Vaccination in Bombay 1874-1876 - 1874-1876
Year: 1874
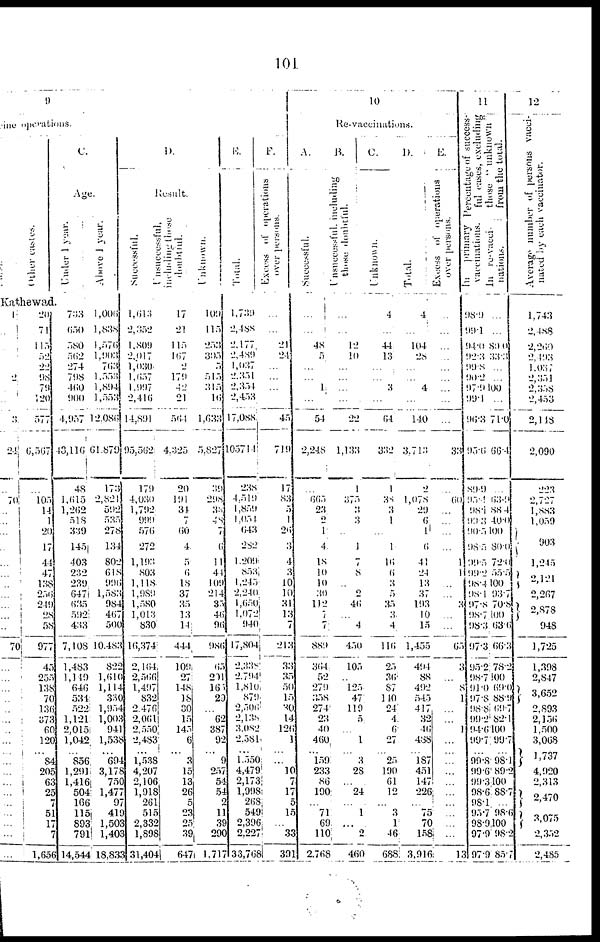
101
9
ine operations.
Pársi.
other
castes.
Kathewad.
1
...
...
...
...
2
...
...
3
24
..
70
...
...
...
...
...
...
...
...
...
...
...
70
...
...
...
...
...
...
...
...
... ...
...
...
...
...
...
...
...
...
20
71
115
52
22
98
79
120
577
6,567
...
105
14
1
20
17
44
47
138
256
249
28
58
977
45
255
138
70
136
373
60
120
... 84
205
63
25
7
51
17
7
1,656
C.
Age.
Under 1 year.
733
650
580
562
274
798
460
900
4,957
43,116
48
1,615
1,262
518
339
145
403
232
239
647
635
592
433
7,108
1,483
1,149
646
534
522
1,121
2,015
1,042
... 856
1,291
1,416
504
166
115
89
79
14,544
Above 1 year.
1,006
1,838
1,576
1,903
763
1,553
1,894
1,553
12,086
61,879
173
2,821
592
535
278
134
802
618
996
1,585
984
467
500
10,483
822
1,610
1,114
330
1,954
1,003
941
1,538
... 694
3,178
750
1,477
97
419
1,503
1,403
18,833
D.
Result.
Successful.
1,613
2,352
1,809
2,017
1,030
1,657
1,997
2,416
14,891
95,562
179
4,030
1,792
999
576
272
1,193
803
1,118
1,989
1,580
1,013
830
16,374
2,164
2,566
l,497
832
2,476
2,061
2,550
2,483
... 1,538
4,207
2,106
1,918
261
515
2,332
1,898
31,404
Unsuccessful
including those
doubtful.
17
21
115
167
2
179
42
21
564
4,325
20
191
34
7
60
4
5
6
18
37
35
13
14
444
109
27
148
18
30
15
143
6
...
3
15
13
26
5
23
25
39
647
Unknown.
109
115
253
305
5
515
315
16
1,633
5,827
39
298
38
48
7
6
11
44
109
214
35
46
96
986
65
201
161
29
...
62
387
92
... 9
257
54
54
2
11
39
290
1,717
E.
Total.
1,739
2,488
2,177
2,489
1,037
2,351
2,354
2,453
17,088
105714
238
4,519
1,859
1,051
643
282
1,209
853
1,245
2,240
1 ,650
1,072
940
17,804
2,338
2,794
1,810
879
2,506
2,138
3,082
2,581
... 1,550
4,479
2,173
1,998
268
549
2,396
2,227
33,768
F.
Excess o f operations
over persons.
...
...
21
24
...
...
...
45
719
17
83
5
1
26
3
4
3
10
10
31
13
7
213
33
35
50
15
30
14
126
1
... ...
10
7
17
5
15
...
33
391
10
Re-vaccinations.
A.
Successful.
...
...
48
5
...
...
1
...
54
2,248
...
665
23
2
1
4
18
10
10
30
112
7
7
889
364
52
279
358
274
23
40
460
... 159
233
86
190
...
71
69
110
2,768
B.
Unsuccessful, including
those doubtful.
...
...
12
10
...
...
...
...
22
1,133
1
375
3
3
...
1
7
8
..
2
46
...
4
450
105
...
125
47
119
5
...
1
... 3
28
...
24
...
1
...
2
460
C.
Unknown.
4
...
44
13
...
...
3
...
64
332
1
38
3
1
...
1
16
6
3
5
35
3
4
116
25
36
87
110
24
4
6
27
... 25
190
61
12
...
3
1
46
688
D
Total.
4
...
104
28
...
...
4
...
140
3,713
2
1,078
29
6
1
6
41
24
13
37
193
10
15
1,455
494
88
492
545
417
32
46
488
... 187
451
147
226
...
75
70
158
3,916
E.
Excess of operations
over
persons.
...
...
...
...
...
...
...
...
...
33
...
60
...
...
...
...
1
1
...
...
3
...
...
63
3
...
8
1
...
...
1
...
... ...
...
...
...
...
...
...
...
13
11
Percentage of success-
ful cases, excluding
those " unknown "
from the total.
In
primary
vaccinations.
98.9
99.l
94.0
92.3
99.8
90.2
97.9
99.1
96.3
95.6
89.9
95. 4
98.1
99.3
90.5
98.5
99.5
99.2
98.4
98.1
97.8
98.7
98.3
97.3
95.2
98.7
91.0
97.8
98.8
99.2
94.6
99.7
... 99.8
99.6
99.3
98.6
98.1
95.7
98.9
97.9
97.9
In re-vacci-
nation.
...
...
80.0
33.3
...
...
100
...
71.0
66.4
...
63. 4
88.4
40.0
100
80.0
72.0
55.5
100
93.7
70.8
100
63.6
66.3
78.2
100
69.0
88.9
69.7
82.1
100
99.7
... 98.1
89.2
100
88.7
...
98.6
100
98.2
85.7
12
Average number of persons vacci-
nated by each vaccinator.
1,743
2,488
2,269
2,493
1,037
2,351
2,358
2,453
2,148
2,090
223
2,727
1,883
1,059
903
1,245
2,121
2,267
2,878
948
1,725
1,398
2,847
3,652
2,893
2,156
1,500
3,068
1,737
4,920
2,313
2,470
3,075
2,352
2,485